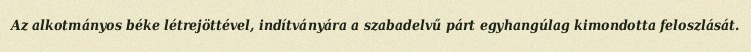
Az alkotmányos béke létrejöttével, indítványára a szabadelvű párt egyhangúlag kimondotta feloszlását.